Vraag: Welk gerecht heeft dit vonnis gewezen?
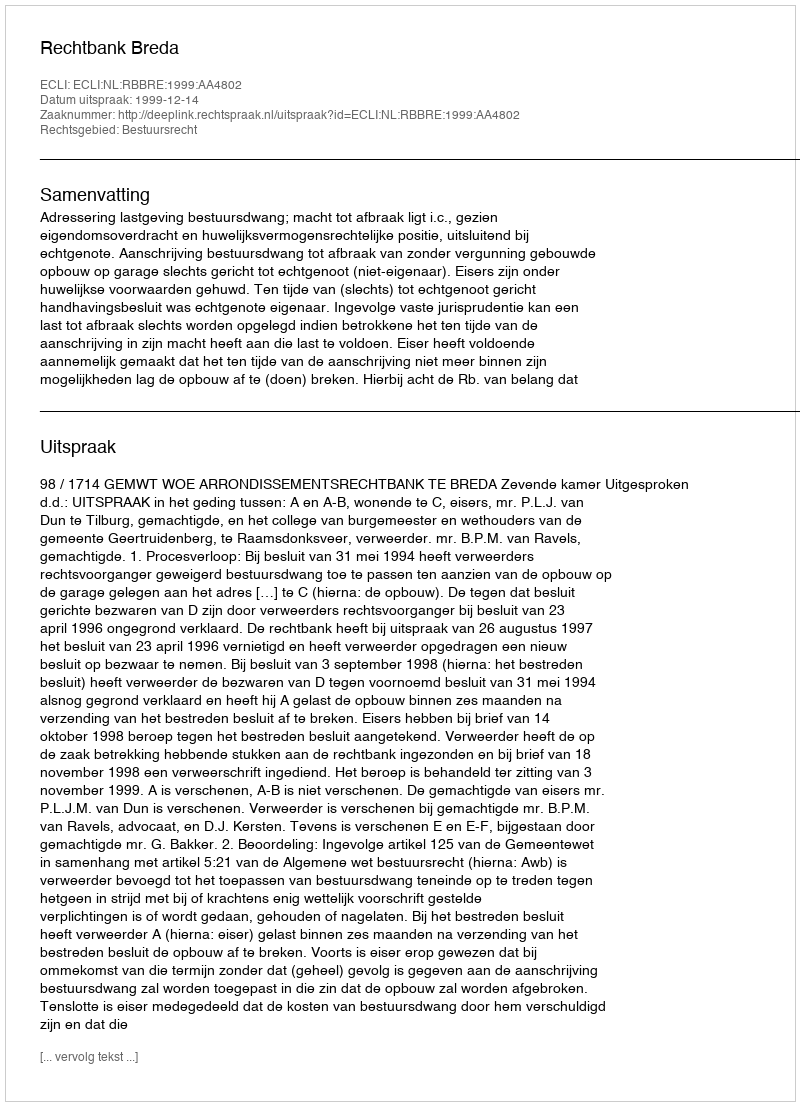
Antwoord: Rechtbank Breda